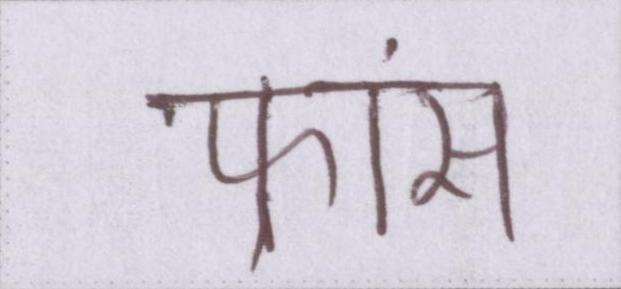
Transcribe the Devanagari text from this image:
फ्रांस